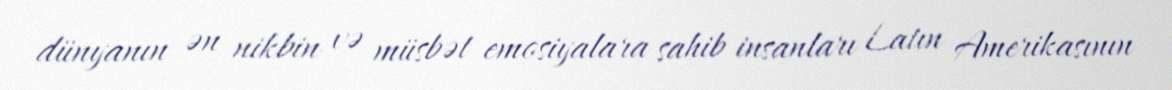
dünyanın ən nikbin və müsbət emosiyalara sahib insanları Latın Amerikasının